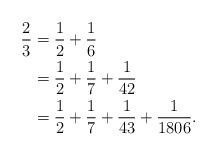
LaTeX: \begin{align*}\frac{2}{3} & = \frac{1}{2} + \frac{1}{6} \\ & = \frac{1}{2} +\frac{1}{7} + \frac{1}{42} \\& = \frac{1}{2} + \frac{1}{7} + \frac{1}{43} + \frac{1}{1806}.\end{align*}